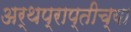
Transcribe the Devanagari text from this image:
अर्थप्राप्तीच्या